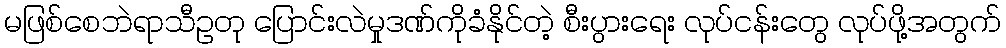
မဖြစ်စေဘဲရာသီဥတု ပြောင်းလဲမှုဒဏ်ကိုခံနိုင်တဲ့ စီးပွားရေး လုပ်ငန်းတွေ လုပ်ဖို့အတွက်